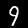
Label: 9